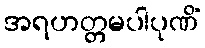
အရဟတ္တမပါပုဏိံ